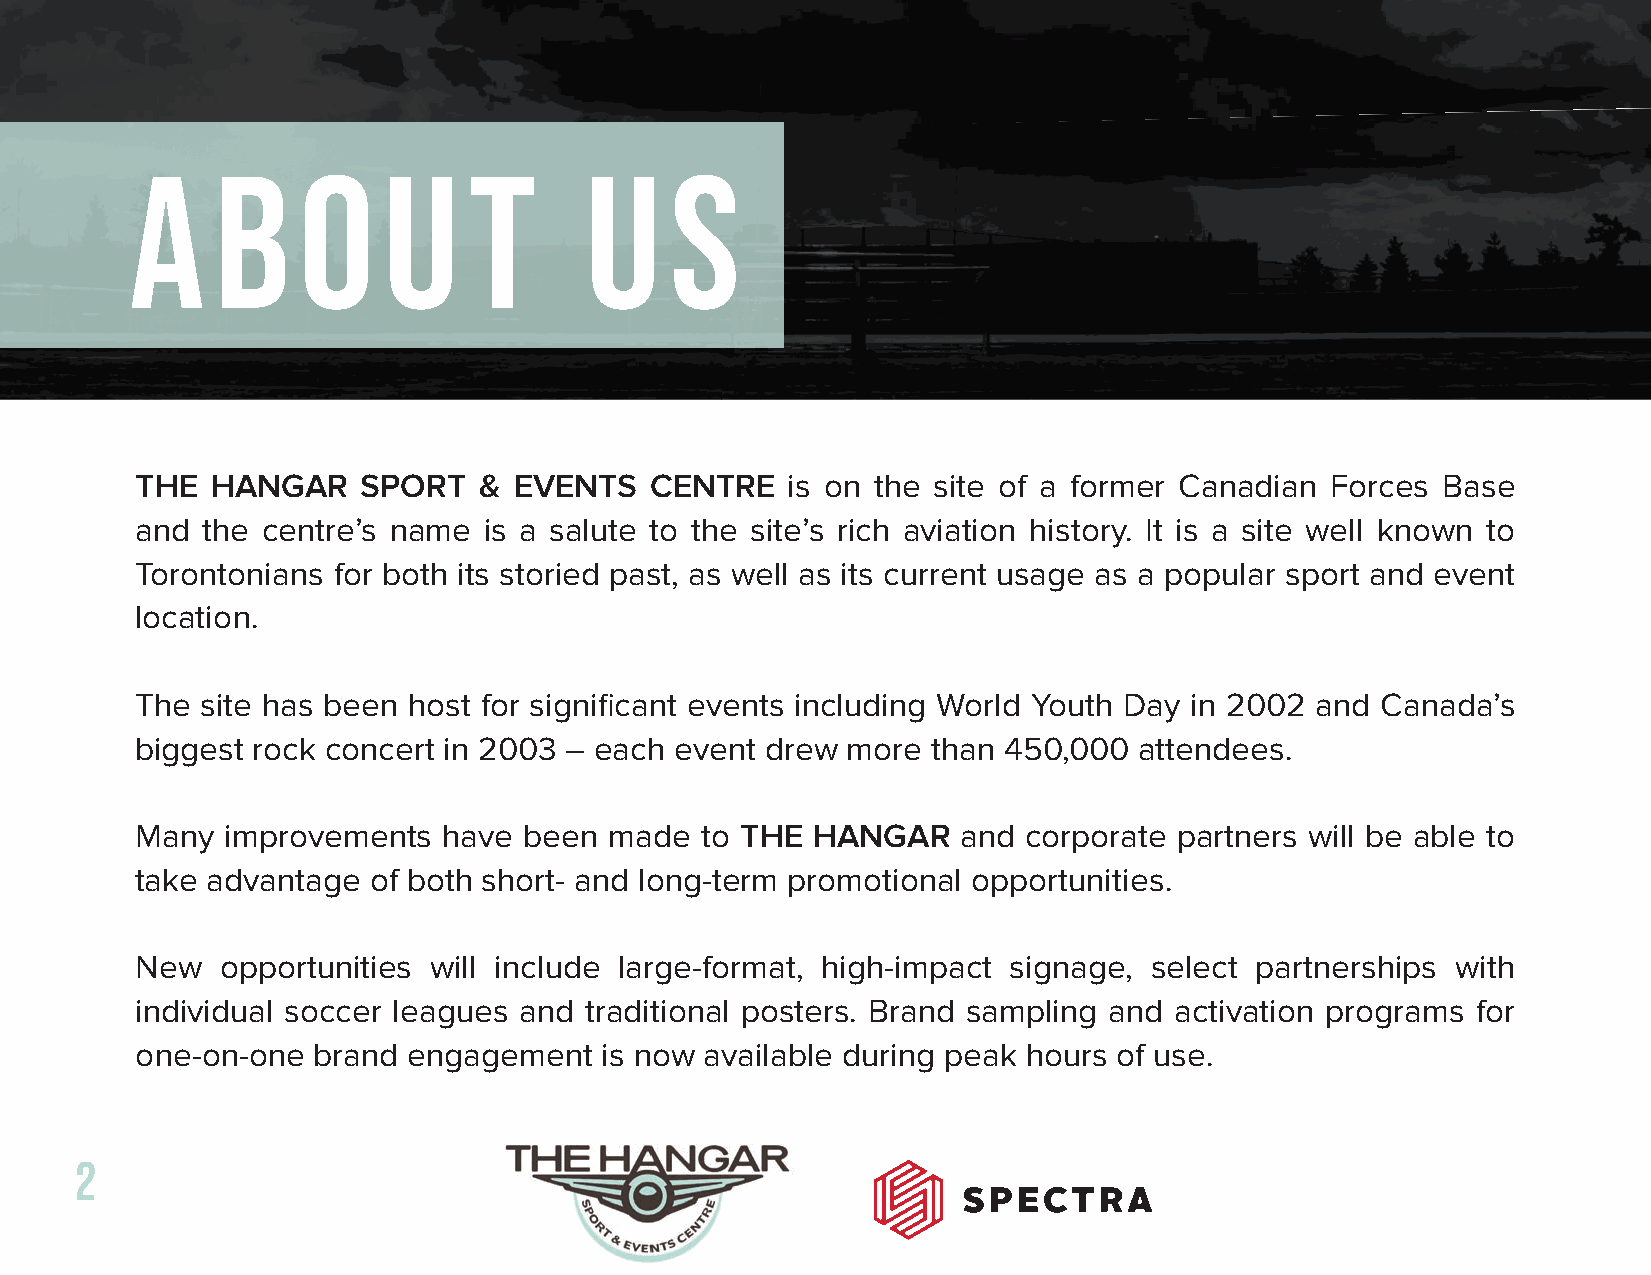
THE  HANGAR    SPORT   & EVENTS   CENTRE   is on the site of a former Canadian Forces Base
 and the centre’s name  is a salute to the site’s rich aviation history. It is a site well known to
 Torontonians for both its storied past, as well as its current usage as a popular sport and event
 location.
 The site has been host for signifi cant events including World Youth Day in 2002 and Canada’s
 biggest rock concert in 2003 – each event drew more  than 450,000 attendees.
 Many  improvements  have  been made  to THE  HANGAR    and corporate partners will be able to
 take advantage of both short- and long-term promotional opportunities.
 New   opportunities will include large-format, high-impact signage, select partnerships with
 individual soccer leagues and traditional posters. Brand sampling and activation programs for
 one-on-one  brand engagement   is now available during peak hours of use.
 2